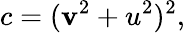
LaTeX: c=(\mathbf{v}^{2}+u^{2})^{2},